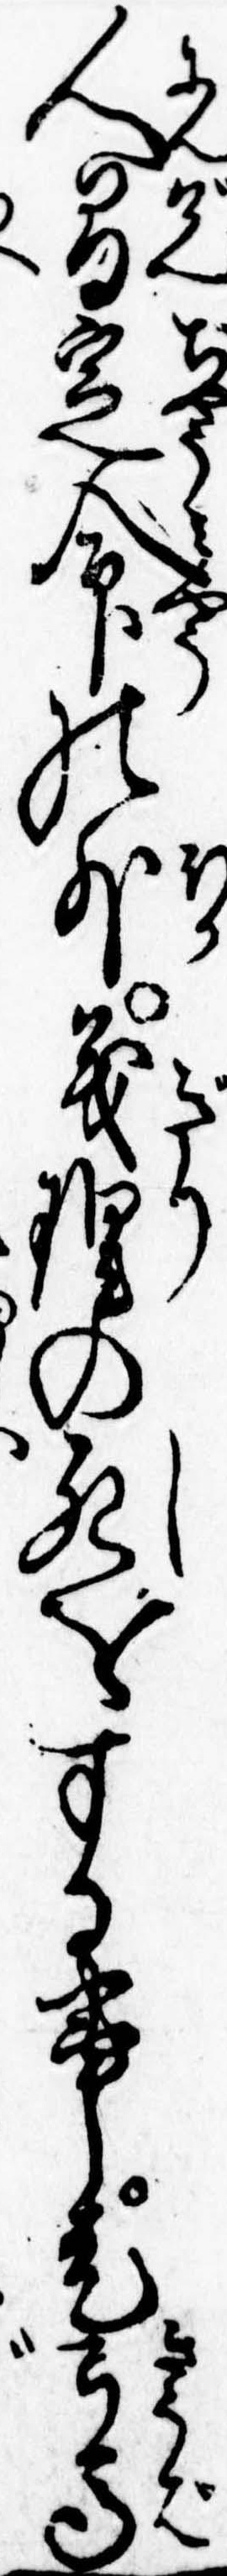
人間定命の外義理の死をする事是弓馬